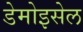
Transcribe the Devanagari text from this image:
डेमोइसेल